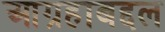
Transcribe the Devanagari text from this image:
आग्रहाबद्दल